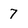
Character: 7